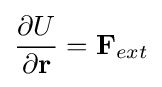
{\frac {\partial U}{\partial \mathbf {r} }}=\mathbf {F} _{ext}